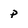
Character: p